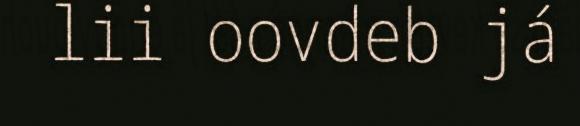
lii oovdeb já